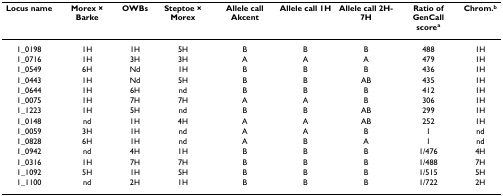
<table><thead><tr><td><b>Locus name</b></td><td><b>Morex × Barke</b></td><td><b>OWBs</b></td><td><b>Steptoe × Morex</b></td><td><b>Allele call Akcent</b></td><td><b>Allele call 1H</b></td><td><b>Allele call 2H-7H</b></td><td><b>Ratio of GenCall score<sup>a</sup></b></td><td><b>Chrom.<sup>b</sup></b></td></tr></thead><tbody><tr><td>1_0198</td><td>1H</td><td>1H</td><td>5H</td><td>B</td><td>B</td><td>B</td><td>488</td><td>1H</td></tr><tr><td>1_0716</td><td>1H</td><td>3H</td><td>3H</td><td>A</td><td>A</td><td>A</td><td>479</td><td>1H</td></tr><tr><td>1_0549</td><td>6H</td><td>Nd</td><td>1H</td><td>B</td><td>B</td><td>B</td><td>436</td><td>1H</td></tr><tr><td>1_0443</td><td>1H</td><td>Nd</td><td>5H</td><td>B</td><td>B</td><td>AB</td><td>435</td><td>1H</td></tr><tr><td>1_0644</td><td>1H</td><td>6H</td><td>nd</td><td>B</td><td>B</td><td>B</td><td>412</td><td>1H</td></tr><tr><td>1_0075</td><td>1H</td><td>7H</td><td>7H</td><td>A</td><td>A</td><td>B</td><td>306</td><td>1H</td></tr><tr><td>1_1223</td><td>1H</td><td>5H</td><td>nd</td><td>B</td><td>B</td><td>AB</td><td>299</td><td>1H</td></tr><tr><td>1_0148</td><td>nd</td><td>1H</td><td>4H</td><td>A</td><td>A</td><td>AB</td><td>252</td><td>1H</td></tr><tr><td>1_0059</td><td>3H</td><td>1H</td><td>nd</td><td>A</td><td>A</td><td>B</td><td>1</td><td>nd</td></tr><tr><td>1_0828</td><td>6H</td><td>1H</td><td>nd</td><td>A</td><td>B</td><td>A</td><td>1</td><td>nd</td></tr><tr><td>1_0942</td><td>nd</td><td>4H</td><td>1H</td><td>B</td><td>B</td><td>B</td><td>1/476</td><td>4H</td></tr><tr><td>1_0316</td><td>1H</td><td>7H</td><td>7H</td><td>B</td><td>B</td><td>B</td><td>1/488</td><td>7H</td></tr><tr><td>1_1092</td><td>5H</td><td>1H</td><td>5H</td><td>B</td><td>B</td><td>B</td><td>1/515</td><td>5H</td></tr><tr><td>1_1100</td><td>nd</td><td>2H</td><td>1H</td><td>B</td><td>B</td><td>B</td><td>1/722</td><td>2H</td></tr></tbody></table>